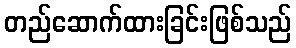
တည်ဆောက်ထားခြင်းဖြစ်သည်